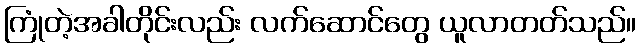
ကြုံတဲ့အခါတိုင်းလည်း လက်ဆောင်တွေ ယူလာတတ်သည်။